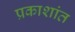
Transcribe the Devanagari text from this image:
प्रकाशांत